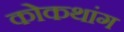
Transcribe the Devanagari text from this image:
कोकथांग